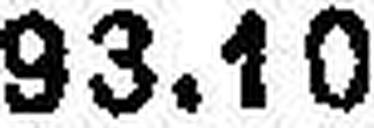
93.10